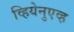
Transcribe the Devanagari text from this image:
व्हियेनुएव्ह